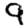
Digit: 9